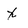
Character: x